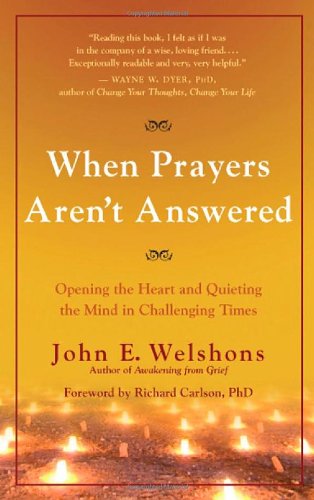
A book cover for When Prayers Aren't Answered: Opening the Heart and Quieting the Mind in Challenging Times; John E. Welshons; Politics & Social Sciences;